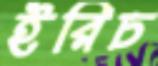
ইরিচ